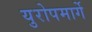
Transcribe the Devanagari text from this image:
युरोपमार्गे